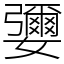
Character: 㜷